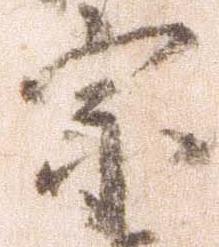
宗